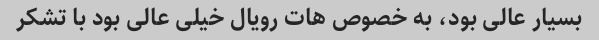
بسیار عالی بود، به خصوص هات رویال خیلی عالی بود با تشکر